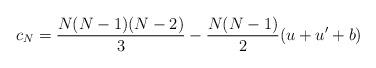
LaTeX: \begin{align*}c_N = \frac{N(N - 1)(N - 2)}{3} - \frac{N(N - 1)}{2}(u + u' + b)\end{align*}